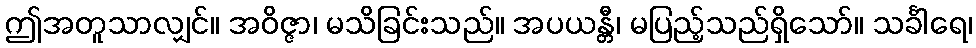
ဤအတူသာလျှင်။ အဝိဇ္ဇာ၊ မသိခြင်းသည်။ အပယန္တီ၊ မပြည့်သည်ရှိသော်။ သင်္ခါရေ၊